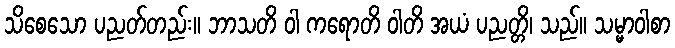
သိစေသော ပညတ်တည်း။ ဘာသတိ ဝါ ကရောတိ ဝါတိ အယံ ပညတ္တိ၊ သည်။ သမ္မာဝါစာ